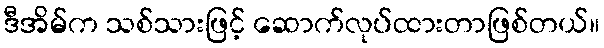
ဒီအိမ်က သစ်သားဖြင့် ဆောက်လုပ်ထားတာဖြစ်တယ်။